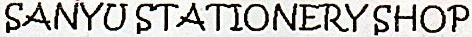
SANYU STATIONERY SHOP